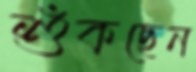
শুঁকছেন